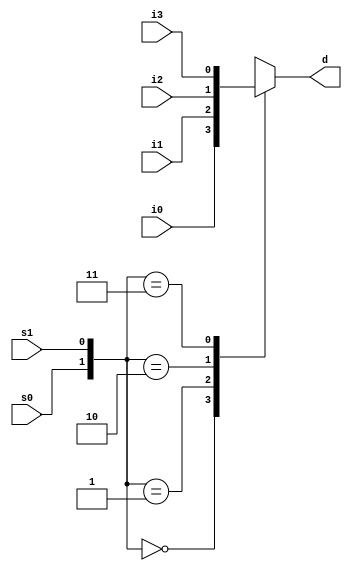
`timescale 1ns / 1ps
//////////////////////////////////////////////////////////////////////////////////
// Company: 
// Engineer: 
// 
// Design Name: 
// Module Name: mux_behavioral
// Project Name: 
// Target Devices: 
// Tool Versions: 
// Description: 
// 
// Dependencies: 
// 
// Revision:
// Revision 0.01 - File Created
// Additional Comments:
// 
//////////////////////////////////////////////////////////////////////////////////


module mux_behavioral(
    input i0,
    input i1,
    input i2,
    input i3,
    input s0,
    input s1,
    output reg d
    );
    
    always @(i0, i1, i2, i3)
    
    begin
    
    d=1'b0;
    
    case({s0,s1})
    2'b00 : d=i0;
    2'b01 : d=i1;
    2'b10 : d=i2;
    2'b11 : d=i3;
    default : begin
    d=1'b0;
    end
    endcase
    end     
endmodule